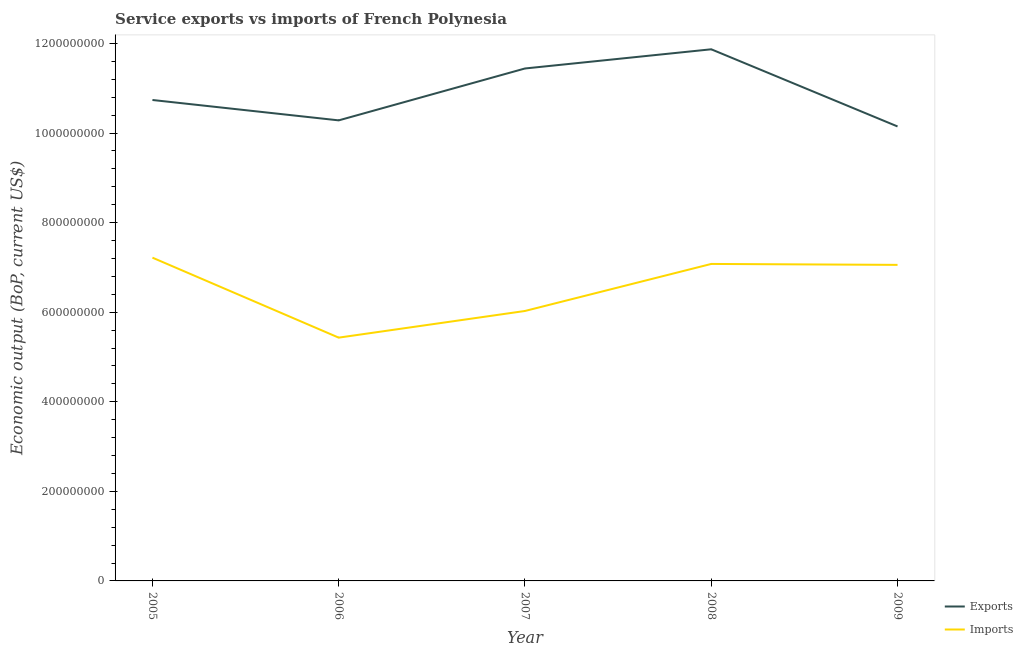
| Year | Exports | Imports |
 | --- | --- | --- |
 | 2005 | 1.07e+09 | 7.22e+08 |
 | 2006 | 1.03e+09 | 5.43e+08 |
 | 2007 | 1.14e+09 | 6.03e+08 |
 | 2008 | 1.19e+09 | 7.08e+08 |
 | 2009 | 1.01e+09 | 7.06e+08 |